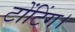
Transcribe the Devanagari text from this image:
टोंटिंग।